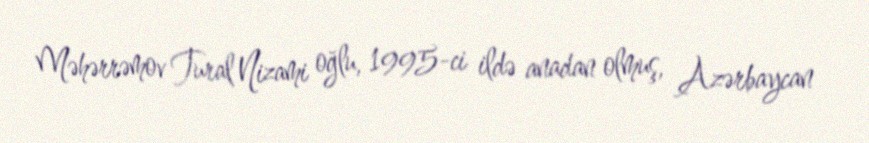
Məhərrəmov Tural Nizami oğlu, 1995-ci ildə anadan olmuş, Azərbaycan